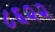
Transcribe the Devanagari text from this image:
८६२२